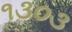
૧૩૦૩